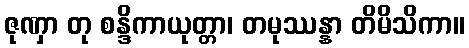
ဇုဏှာ တု စန္ဒိကာယုတ္တာ၊ တမုဿန္နာ တိမိသိကာ။